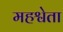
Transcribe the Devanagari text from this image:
महश्वेता